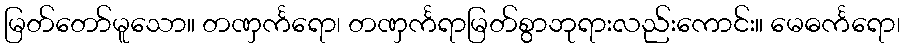
မြတ်တော်မူသော။ တဏှင်္ကရော၊ တဏှင်္ကရာမြတ်စွာဘုရားလည်းကောင်း။ မေဓင်္ကရော၊